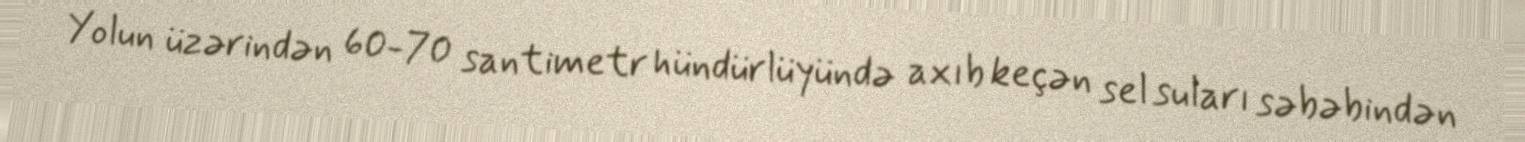
Yolun üzərindən 60-70 santimetr hündürlüyündə axıb keçən sel suları səbəbindən